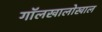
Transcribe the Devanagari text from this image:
गॉलखालोखाल